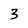
Character: 3